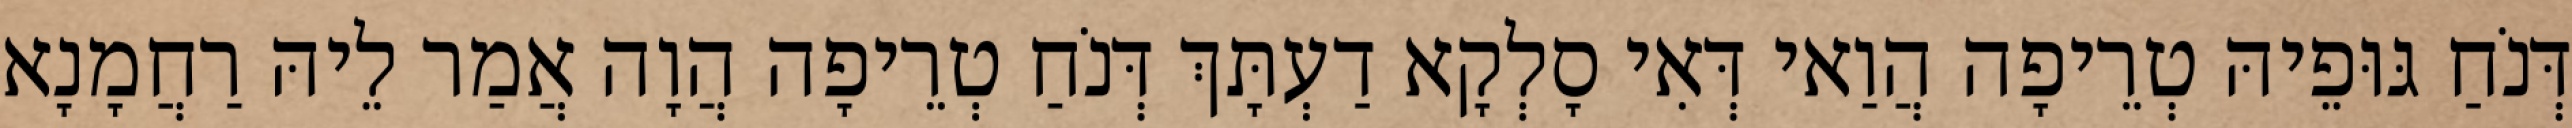
דְּנֹחַ גּוּפֵיהּ טְרֵיפָה הֲוַאי דְּאִי סָלְקָא דַעְתָּךְ דְּנֹחַ טְרֵיפָה הֲוָה אֲמַר לֵיהּ רַחֲמָנָא